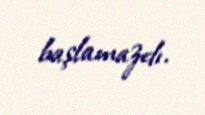
başlamazdı.